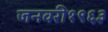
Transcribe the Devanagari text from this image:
जनवरी१९६३